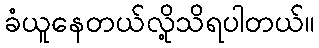
ခံယူနေတယ်လို့သိရပါတယ်။